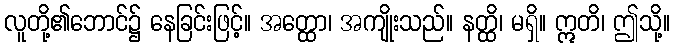
လူတို့၏ဘောင်၌ နေခြင်းဖြင့်။ အတ္ထော၊ အကျိုးသည်။ နတ္ထိ၊ မရှိ။ ဣတိ၊ ဤသို့။